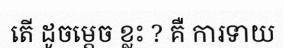
តើ ដូចម្តេច ខ្លះ ? គឺ ការទាយ